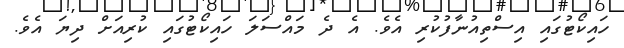
ހައިކޯޓުގައި އިސްތިއުނާފުކުރި އެވެ. އެ ދެ މައްސަލަ ހައިކޯޓުގައި ކުރިއަށް ދިޔަ އެވެ.